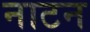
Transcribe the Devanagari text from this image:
नाटन